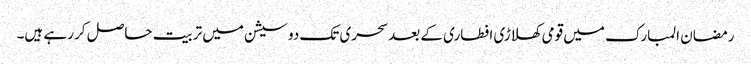
رمضان المبارک میں قومی کھلاڑی افطاری کے بعد سحری تک دو سیشن میں تربیت حاصل کر رہے ہیں۔